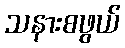
သနားစဖွယ်